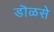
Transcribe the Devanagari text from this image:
डॊळसे